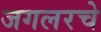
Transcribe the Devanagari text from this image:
जगलरचे